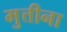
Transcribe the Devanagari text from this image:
मुत्तीना